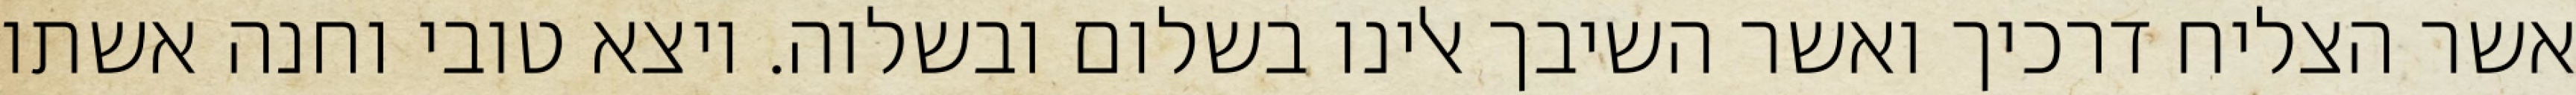
אשר הצליח דרכיך ואשר השיבך אלינו בשלום ובשלוה. ויצא טובי וחנה אשתו